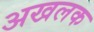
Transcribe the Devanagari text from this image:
अखलक